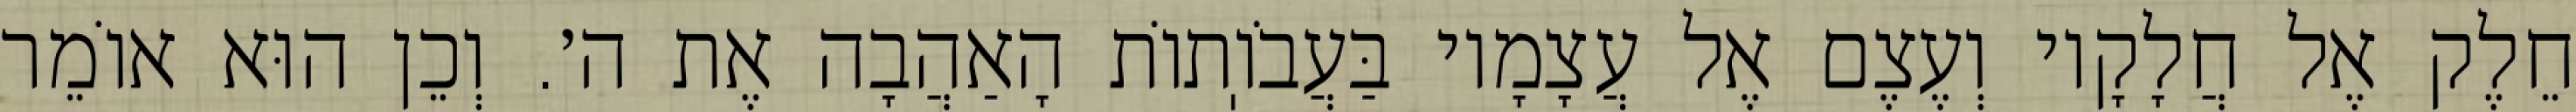
חֵלֶק אֶל חֲלָקָיו וְעֶצֶם אֶל עֲצָמָיו בַּעֲבֹוֽתוֹת הָאַהֲבָה אֶת ה׳. וְכֵן הוּא אוֹמֵר